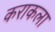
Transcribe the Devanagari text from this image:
कराकला